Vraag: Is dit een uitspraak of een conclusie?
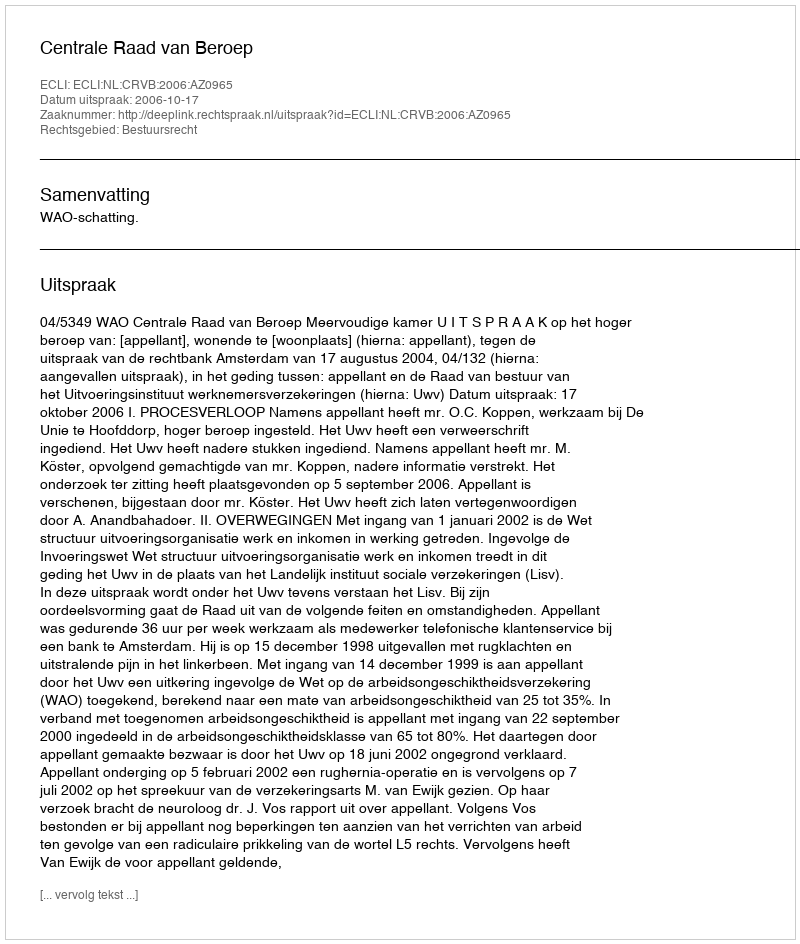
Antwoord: Uitspraak